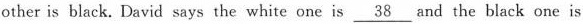
other is black. David says the white one is \underline{38} and the black one is